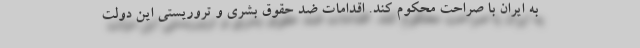
به ایران با صراحت محکوم کند. اقدامات ضد حقوق بشری و تروریستی این دولت